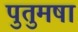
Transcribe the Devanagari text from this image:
पुतुमषा